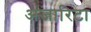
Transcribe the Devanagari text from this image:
अजारिटा